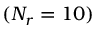
( N _ { r } = 1 0 )